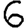
Digit: 6